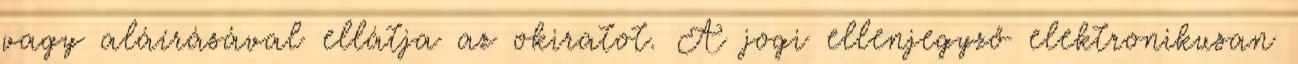
vagy aláírásával ellátja az okiratot. A jogi ellenjegyző elektronikusan